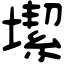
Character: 𡐤